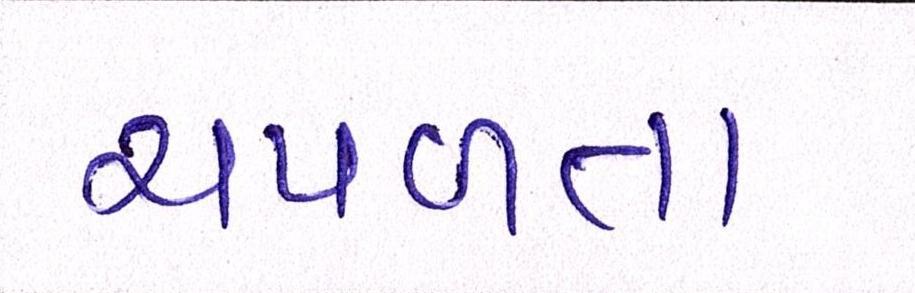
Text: ચપળતા